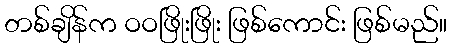
တစ်ချိန်က ဝဝဖြိုးဖြိုး ဖြစ်ကောင်း ဖြစ်မည်။